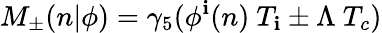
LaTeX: M_{\pm}(n\vert\phi)=\gamma_{5}(\phi^{\mathbf{i}}(n)\ T_{\mathbf{i}}\pm\Lambda\ T_{c})